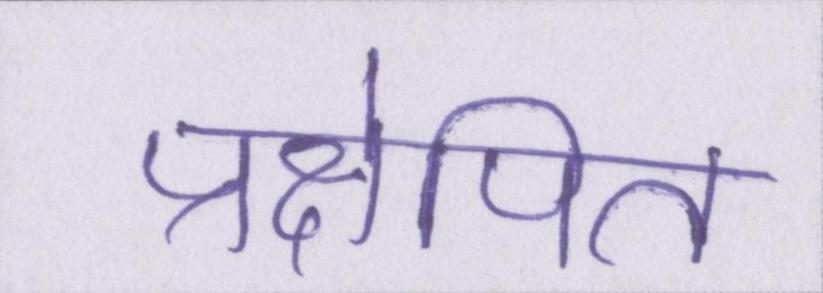
प्रक्षेपित